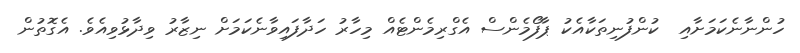
ހުންނާނެކަމަށާއި  ކުންފުނިތަކާއެކު ޕާފޯމެންސް އެގްރިމެންޓެއް މިހާރު ހަދާފައިވާނެކަމަށް ނިޒާރު ވިދާޅުވިއެވެ. އެގޮތުން